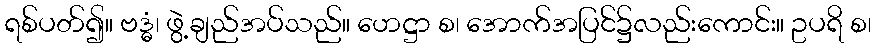
ရစ်ပတ်၍။ ဗဒ္ဓံ၊ ဖွဲ့ချည်အပ်သည်။ ဟေဋ္ဌာ စ၊ အောက်အပြင်၌လည်းကောင်း။ ဥပရိ စ၊